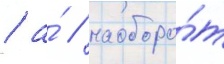
/ а́ / наоборо́т